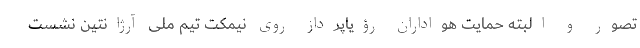
تصور و البته حمایت هواداران رؤیاپرداز روی نیمکت تیم ملی آرژانتین نشست